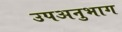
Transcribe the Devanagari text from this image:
उपअनुभाग